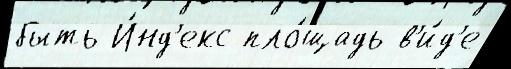
быть И́нд'екс пло́щадь в'и́д'е